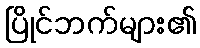
ပြိုင်ဘက်များ၏